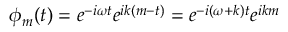
\phi _ { m } ( t ) = e ^ { - i \omega t } e ^ { i k ( m - t ) } = e ^ { - i ( \omega + k ) t } e ^ { i k m }